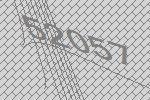
52057